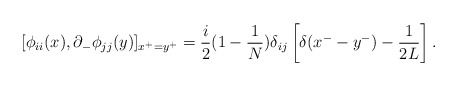
\begin{align*}[\phi_{ii}(x), \partial_-\phi_{jj}(y)]_{x^+=y^+}=\frac{i}{2}(1-\frac{1}{N})\delta_{ij}\left[\delta(x^--y^-)-\frac{1}{2L}\right].\end{align*}